Medical and sanitary report of the native army of Bengal for the year
Year: 1878
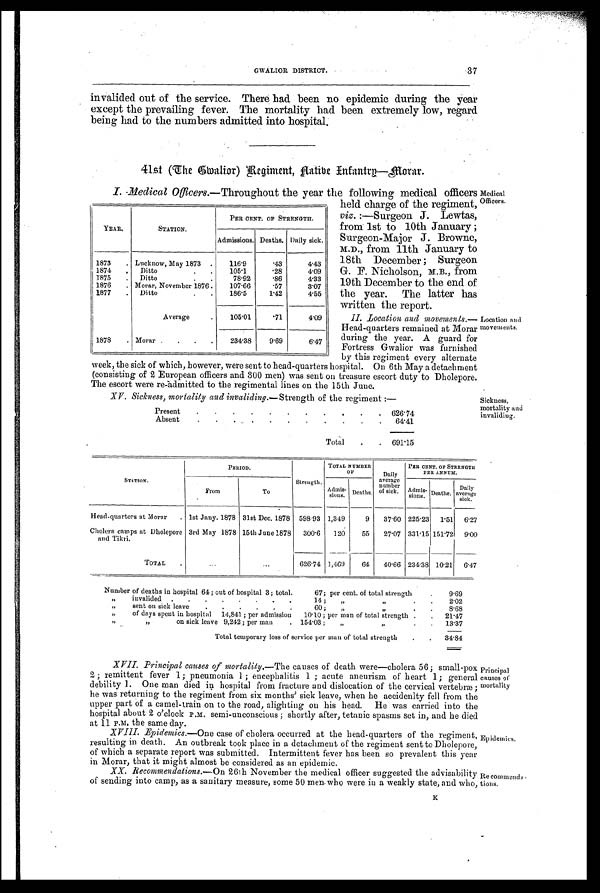
Medical
Officers.
Location and
movements.
Sickness,
mortality and
invaliding.
GWALIOR DISTRICT.
37
invalided out of the service. There had been no epidemic during the year
except the prevailing fever. The mortality had been extremely low, regard
being had to the numbers admitted into hospital.
41st (The Gwalior) Regiment, Native Infantry—morar.
I. Medical Officers.—Throughout the year the following medical officers
held charge of the regiment,
viz. :—Surgeon Lewtas,
from 1st to 10th January ;
Surgeon-Major J. Browne,
M.D., from 11th January to
18th December ; Surgeon
G. F. Nicholson, M.B., from
19th December to the end of
the year. The latter has
written the report.
II. Location and movements.
— H e a d - q u a r t e r s r e m a i n e d a t M o r a
r during the year. A guard f
or Fortress Gwalior was furnished
by this regiment every alternate
week, the sick of which, however, were sent to head-quarters hospital. On 6th May a detachment
(consisting of 2 European officers and 300 men) was sent on treasure escort duty to Dholepore
The escort were re-admitted to the regimental lines on the 15th June.
XV. Sickness, mortality and invaliding. —Strength of the regiment :—
Present
. .
. .
.
. .
.
.
.
. 626.74
Absent
.
.
.
. .
.
.
.
.
.
. 6 4 . 4 1
Total .
. 691.15
YEAR.
STATION.
PER CENT. OF STRENGTH.
Admissions. Deaths. Daily sick.
1873 . Lucknow, May 1873 .
116.9
.43
4.43
1874
.
Ditto
.
. 105.1 .28
4.09
1875 . Ditto
.
.
78.92 .86
4.33
1876 . Morar, November 1876
.
107.66 .57
3.07
1877 . Ditto
. .
186.5
1.42
4.55
Average . 105.01.71
4.09
1878 . Morar . . .
. 234.38 9.69
6.47
STATION.
PERIOD.
Strength.
TOTAL NUMBER
O F
Daily
average
n u m b e r
of sick.
PER CENT. OF STREN
G T H
PER ANNUM.
From
To
Admis-
sions. Deaths.
Admis-
sions. Deaths Daily
average sick.
Head-quarters at Morar . 1st Jany. 1878 31st Dec. 1878 598.93 1,349
9 37.60 225.23 1.51 6.27
Cholera camps at Dholepore
and Tikri.
3rd May 1878 15th June 1878 300.6 120
55 27.07 331.15 151.72 9.00
TOTAL .
. . .
. . . 626.74 1,469
64 40.66 234.38 10.21 6.47
Number of deaths in hospital 64 ; out of hospital 3 ; total.
67; per cent of total strength . . 9.69
„
invalided . . . .
. . . . 14 ; „ „
. . 2.02
„
sent on sick leave
. . . .
. . „ $ , .
. 60 ; „ „
. . 8.68
„
of days spent in hospital 14,841 ; per admission 10.10 ; per man of total strength . . 21.47
„
„ on sick leave 9,242 ; per man . 154.03 ; „ „
. . 13.37
Total temporary loss of service per man of total strength . . 34.84
XVII. Principal causes of mortality.—The causes of death were—cholera 56; small-pox
2 ; r e m i t t e n t f e v e r 1 ; p n e u m o n i a 1 ; e n c e p h a l i t i s 1 ; a c u t e a n e u r i s m o f h e a r t 1 ; g e n e r a l
debility 1. One man died hospital from fracture and dislocation of the cervical vertebræ ;
he was returning to the regiment from six months' sick leave, when he accidenlty fell from the
upper part of a camel-train on to the road, alighting on his head. He was carried into the
hospital about 2 o'clock P.M. semi-unconscious ; shortly after, tetanic spasms set in, and he died
at 11 P.M. the same day.
XVIII. Epidemics.—One case of cholera occurred at the head-quarters of the regiment,
resulting in death. An outbreak took place in a detachment of the regiment sent to Dholepore,
of which a separate report was submitted. Intermittent fever has been so prevalent this year
in Morar, that it might almost be considered as an epidemic.
XX. Recommendations.—On 261h November the medical officer suggested the advisability
of sending into camp, as a sanitary measure, some 50 men who were in a weakly state, and who,
Principal
causes of
mortality
Epidemics.
Recommend
a-tions.